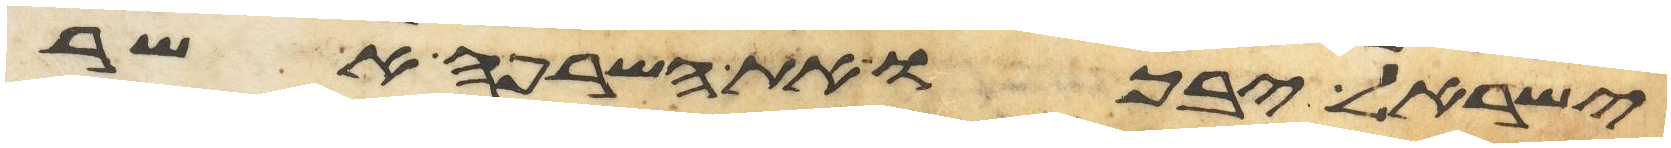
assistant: ישראל יבכו את השרפה אשר